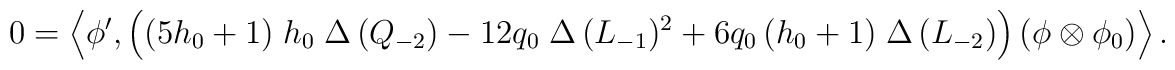
0=\left\langle \phi',\left( (5 h_{0}+1)\;h_{0}\;\Delta\,(Q_{-2})- 12 q_{0}\; \Delta\,(L_{-1})^{2}+ 6 q_{0}\,(h_{0} +1)\; \Delta\,(L_{-2})\right)\left(\phi\otimes \phi_{0}\right) \right\rangle.